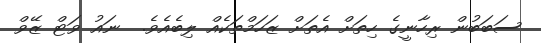
ސަބަބުން ރިހާނީގެ ހިތަށް އެތަށް ޒަހަމްތަކެއް ލިބެއެވެ.  ނައު ވަޓް ޒޭވް